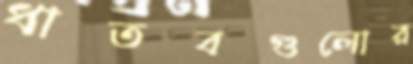
ধাতবগুলোর